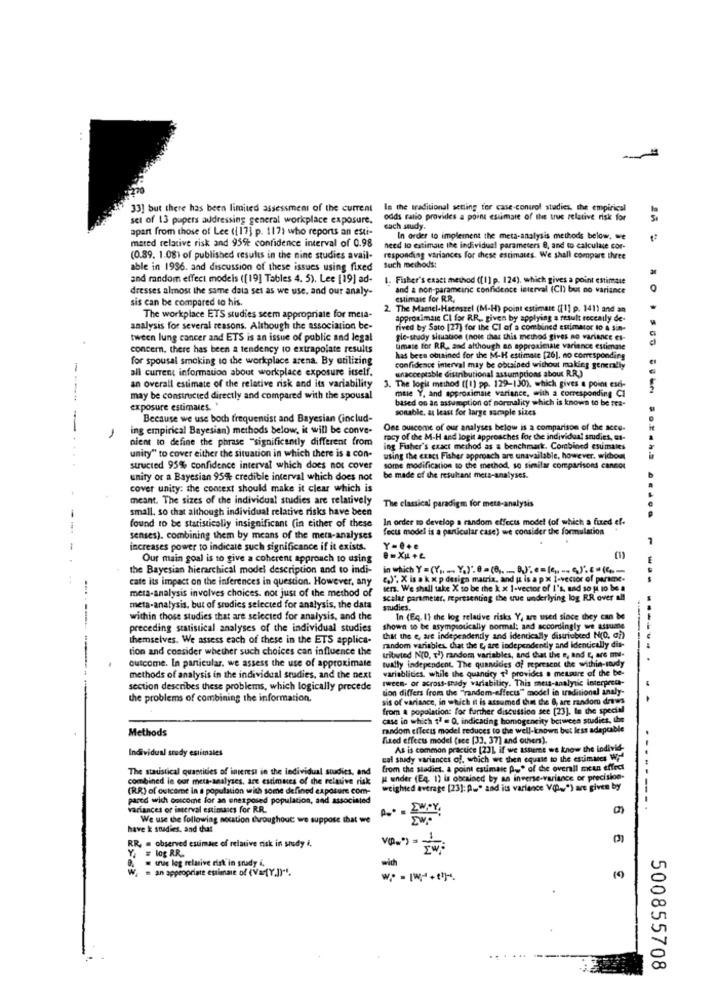
33] but there has been limited assessment of the current
In the traditional setting for case-control studies, the empirical
set of 13 pupers addressing general workplace exposure.
odds ratio provides a point estimate of the true relative risk for
apart from those of Lee ([17] p. 117) who reports an esti-
cach study.
mated relative risk and 95ft confidence interval of 0.98
In order to implement the meta-analysis methods below. we
need to estimate the individual parameters @, and to calculate cor-
(0.89. 1.08) of published results in the nine studies avail-
responding variances for these estimates. We shall compare three
able in 1936. and discussion of these issues using fixed
Such methods:
and random effect modeis ([19] Tables 4. 5). Lee [19] ad-
1. Fisher's exact method ([1] p. 124), which gives a point estimule
dresses almost the same data set as we use, and our analy-
and a non-parametric confidence interval (CI) but no variance
O
sis can be compared to his.
estimate for R.R.
The Mantel-Haenszel (M-H) point estimare ([1] p. 1411 and an
The workplace ETS studies seem appropriate for meia-
approximaic CI for R.R ., given by applying a result reccaily de-
analysis for several reasons. Although the association be-
rived by Sato [27) for the CI of a combined estimator to a sin-
tween lung cancer and ETS is an issue of public and legal
gle-study situation (note that this method gives no variance es-
concern. there has been a tendency to extrapolate results
timate for RR, and although an approximate variance estimate
for spousal smoking to the workplace arena. By utilizing
has been obtained for the M-H estimate [26], no corresponding
all current information about workplace exposure itself.
confidence interval may be obtained without making generally
unacceptable disinbutional assumptions about R.R.J
3. The lopit method [[1) pp. 129-130), which gives a point ead-
an overall estimate of the relative risk and its variability
mase Y, and approximaie variance, with a corresponding CI
may be constructed directly and compared with the spousal
based on an assumption of normality which is known to be tra-
exposure estimates. "
sonable, at least for large sample sizes
Because we use both frequentist and Bayesian (includ-
ing empirical Bayesian) methods below, it will be conve-
One ouscome of our analyses below is a comparison of the acce.
cient to define the phrase "significantly different from
racy of the M-H and logit approaches for the individual studies, et-
unity" to cover either the situation in which there is a con-
ing Fisher's exact method as a benchmark. Combined esumales
using the exact Fisher approach are unavailable, however, without
structed 95% confidence interval which does not cover
some modification to the method, so similar comparisons cancor
unity or a Bayesian 95% credible interval which does not
be made of the resultant mets-analyses.
cover unity: the context should make it clear which is
meant. The sizes of the individual studies are relatively
small, so that although individual relative risks have been
The classical paradigm for meta-analysis
In order to develop a random effects model (of which a fixed ef-
found to be statistically insignificant (in either of these
fects model is a particular case) we consider the formulation
senses). combining them by means of the meta-analyses
increases power to indicate such significance if it exists.
Y.@+e
Our main goal is to give a coherent approach to using
e =XIL +L
the Bayesian hierarchical model description and to indi-
in which Y = (Y .. .... Y.)". 0 = (8 .. ... B.)", e= (e .. .. )" .- (4-
cate its impact on the inferences in question. However, any
".)", X is a k x p design matrix, and [ is a px 1-vector of parsme-
---
....
meta-analysis involves choices. not just of the method of
lers. We shall take X to be the k x 1-vector of I's, and so | to be a
seslar parameter, representing the que underlying log RR over all
meta-analysis, but of studies selected for analysis, the data
studies.
within those studies that are selected for analysis, and the
In (Eq. I) the log relative risks Y, are used since they can be
preceding statistical analyses of the individual studies
shown to be asympsouically normal; and accordingly we assume
themselves. We assess each of these in the ETS applica-
that the e, are independently and identically distribred Nio, ch
tion and consider whether such choices can influence the
random variables, chiat the &, are independently and Identically dis-
----
outcome. In particular, we assess the use of approximate
tributed N(O, [') random variables, and that the e, and &, are me-
tually independent. The quantities of represent the within-study
variablidies, while the quandry T' provides a measure of the be-
methods of analysis in the individual sradies, and the next
tween- or across-seady variability. This meis-analytic interpret-
section describes these problems, which logically precede
dion differs from the "random-effects" model in traditional analy-
the problems of combining the information.
sis of variance, in which it is assumed hunt the 8, are random drews
from a populations for further discussion see [23]. In the special
case in which 12 = D, indicating homogeneity between studiet, the
Methods
random effects model reduces to the well-known but less adapcable
fixed effects model (see [33. 37] and others).
Individual study estimates
As is common practice [23], if we asteme we know the individ-
cal shady variances of, which we then equate to the estimates Wie
The statistical quantities of interest in the individual studies, and
from the stadict. a point estimaic p." of the overall meun effect
-----
combined in our mets-analyses, are estimates of the relative risk
Il under (E4. 1) is obcained by an inverse-variance or precision-
(RR) of outcome in a population with some defined exposure com-
weighted average [23]: P ... " and its variance V(.") are given by
pared wich onscome for an enexposed population, and associated
variances of interval estimates for RR.
We use the following nocation dvoughout we suppose that we
have k suadies, and that
Y = log RR.
RR, . observed estimate of relative risk in study i,
VO-") = = w
9. = true log relative risk in snady i,
W. = an appropriate estimate of (V=[Y,])"".
1)
500855708